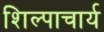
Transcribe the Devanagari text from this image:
शिल्पाचार्य